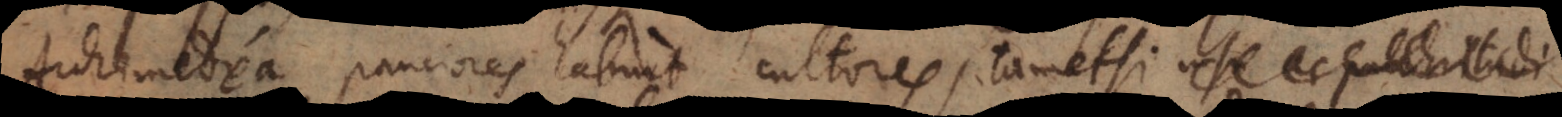
Archimedea pauciores habuit cultores, tametsi usu ac pulchritudi